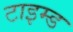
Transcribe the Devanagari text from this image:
टाइम्ड